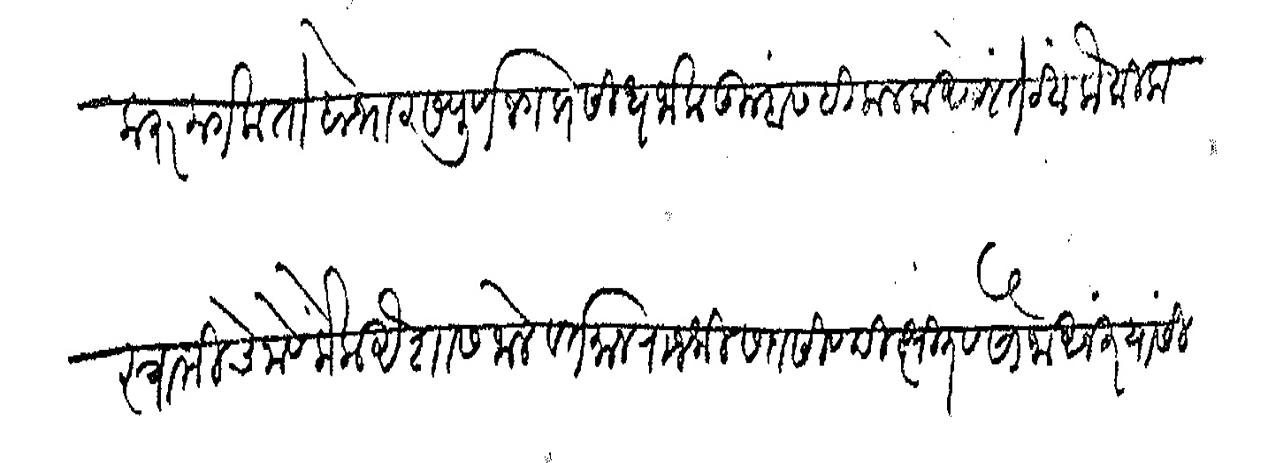
Transliteration (Devanagari): करू लागला तो बोभाट सपूर्ण जगप्रसिध जाला तुम्हासही कलला असेल तेव्हा लौकिक स्वामीचे नावे केला ऐशास जाले वर्तमान राजश्री सदासिव दीक्षित व सोनो अनंत यांसी